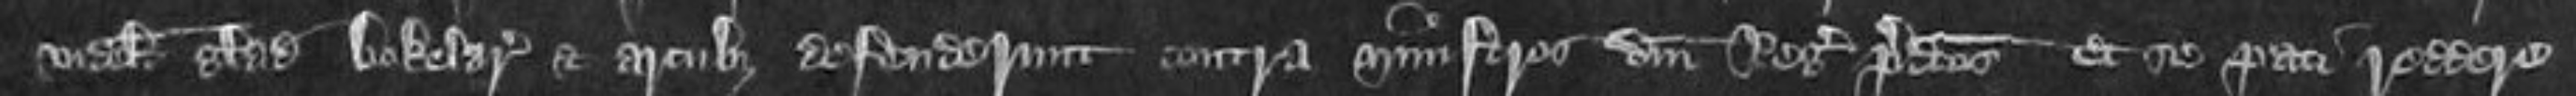
videlicet gladiis bokelariis et arcubis defenderunt contra ministros domini Regis predictos et se paci reddere